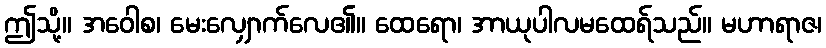
ဤသို့။ အဝေါစ၊ မေးလျှောက်လေ၏။ ထေရော၊ အာယုပါလမထေရ်သည်။ မဟာရာဇ၊